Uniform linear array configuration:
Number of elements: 12
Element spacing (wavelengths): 1
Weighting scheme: blackman
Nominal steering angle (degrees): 45
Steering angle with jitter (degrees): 44.375
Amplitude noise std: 0.05
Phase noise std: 0.05

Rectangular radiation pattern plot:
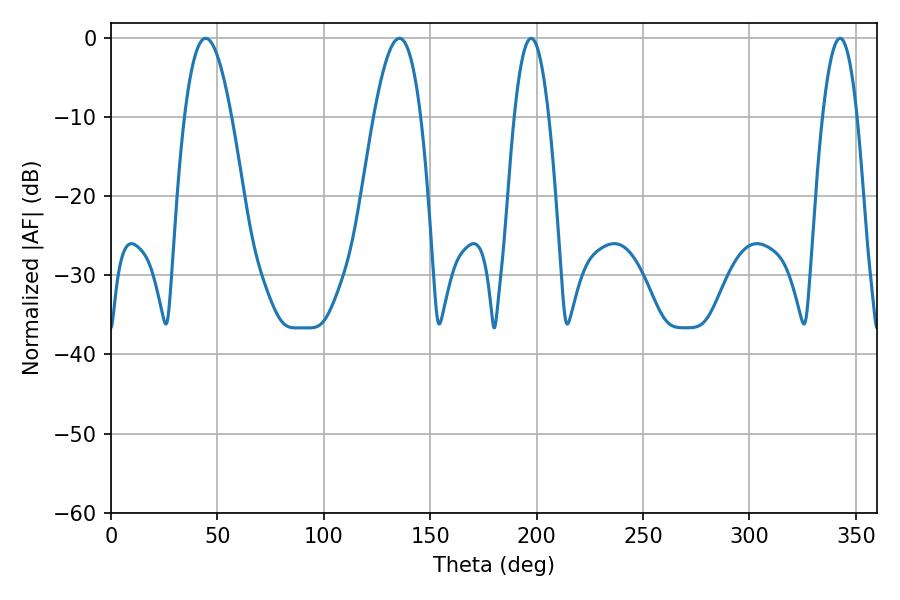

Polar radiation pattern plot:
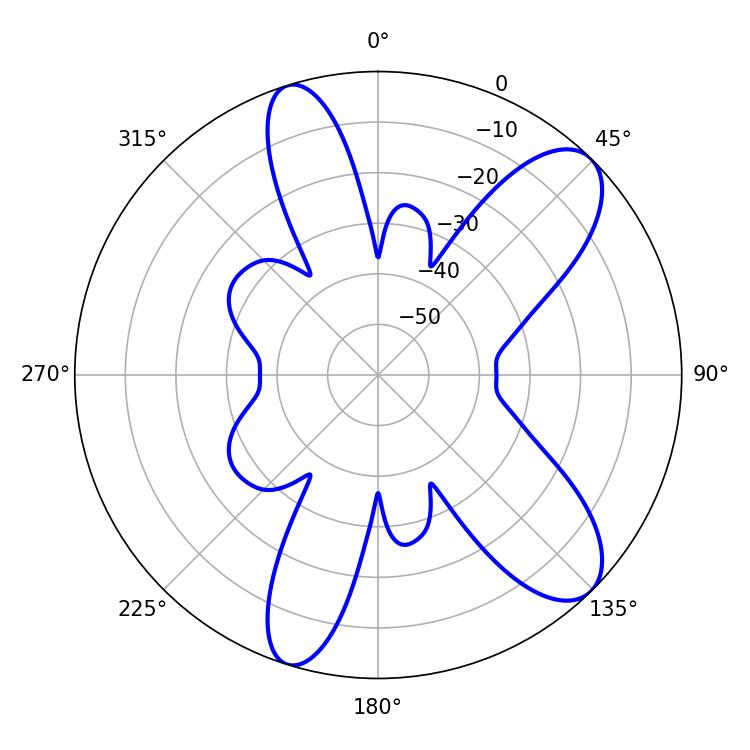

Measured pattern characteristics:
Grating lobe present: TRUE
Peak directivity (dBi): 9.599
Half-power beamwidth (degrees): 11.88
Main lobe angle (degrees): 44.46